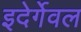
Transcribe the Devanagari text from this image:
इदेर्गेवल